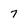
Character: 7